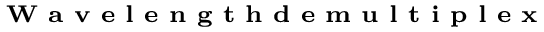
\textbf { \scriptsize W a v e l e n g t h d e m u l t i p l e x }